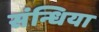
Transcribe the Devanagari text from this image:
संन्धिया